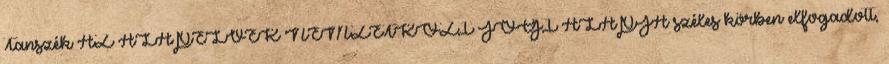
Tanszék AZ ALAPELVEK NEMZETKÖZI JOGI ALAPJA széles körben elfogadott,